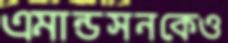
এমান্ডসনকেও